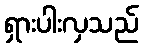
ရှားပါးလှသည်